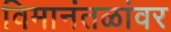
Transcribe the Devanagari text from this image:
विमानंतळांवर